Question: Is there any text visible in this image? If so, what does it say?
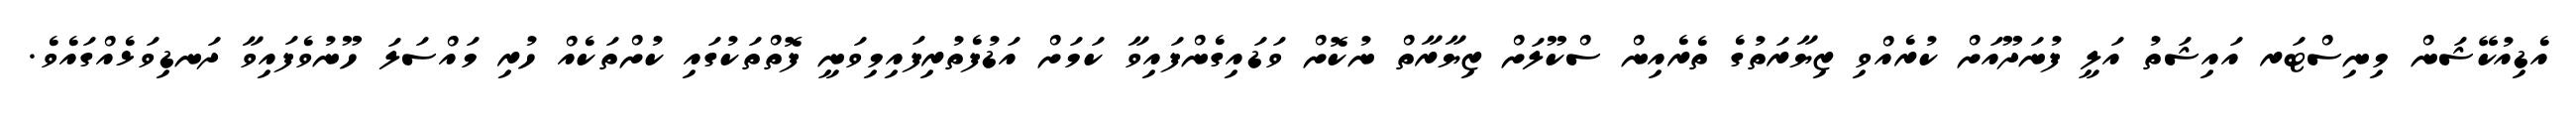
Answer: އެޑިއުކޭޝަން މިނިސްޓަރ އައިޝަތު އަލީ ފުނަދޫއަށް ކުރެއްވި ޒިޔާރަތުގެ ތެރެއިން ސްކޫލަށް ޒިޔާރާތް ނުކޮށް ވަޑައިގެންފައިވާ ކަމަށް އަޑުފެތުރިފައިމިވަނީ ފޮތްތަކުގައި ކުށްތަކެއް ހުރި މައްސަލަ ހޫނުވެފައިވާ ދަނޑިވަޅެއްގައެވެ.